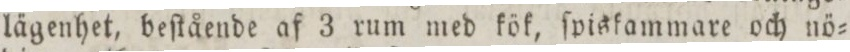
lägenhet, beſtående af 3 rum med kök, ſpiskammare och nö=